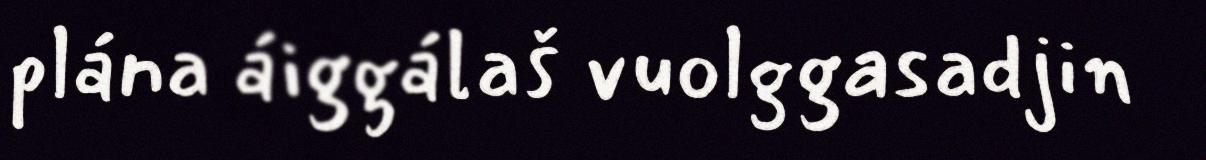
plána áiggálaš vuolggasadjin